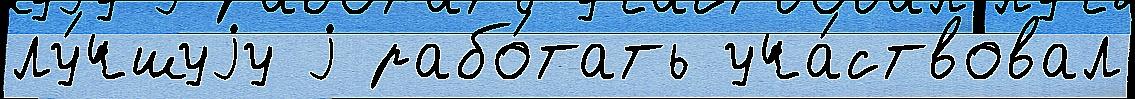
лу́чшуjу j рабо́тать уча́ствовал